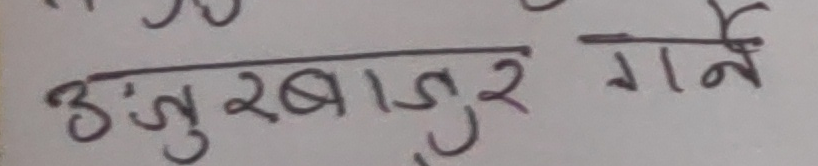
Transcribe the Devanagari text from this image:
उँजुरबाजुर गर्नै